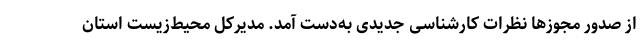
از صدور مجوزها نظرات کارشناسی جدیدی به‌دست آمد. مدیرکل محیط‌زیست استان